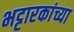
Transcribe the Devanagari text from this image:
भट्टारकांच्या